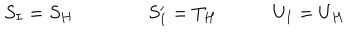
S _ { I } = S _ { H } \qquad \qquad S _ { I } ^ { \prime } = T _ { H } \quad \qquad U _ { I } = U _ { H } \,